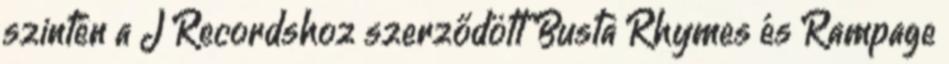
szintén a J Recordshoz szerződött Busta Rhymes és Rampage